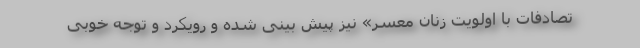
تصادفات با اولویت زنان معسر» نیز پیش بینی شده و رویکرد و توجه خوبی